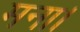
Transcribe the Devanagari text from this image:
मना।